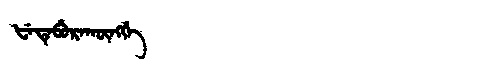
Manchu: ᡶᡝᡨᡝᠪᡠᡵᠠᡴᡡᠩᡤᡝ
Romanization: FETEBURAKŪNGGE